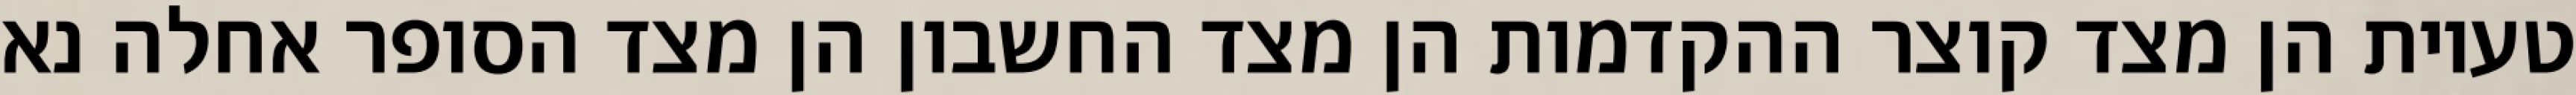
טעיות הן מצד קוצר ההקדמות הן מצד החשבון הן מצד הסופר אחלה נא